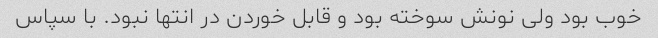
خوب بود ولی نونش سوخته بود و قابل خوردن در انتها نبود. با سپاس